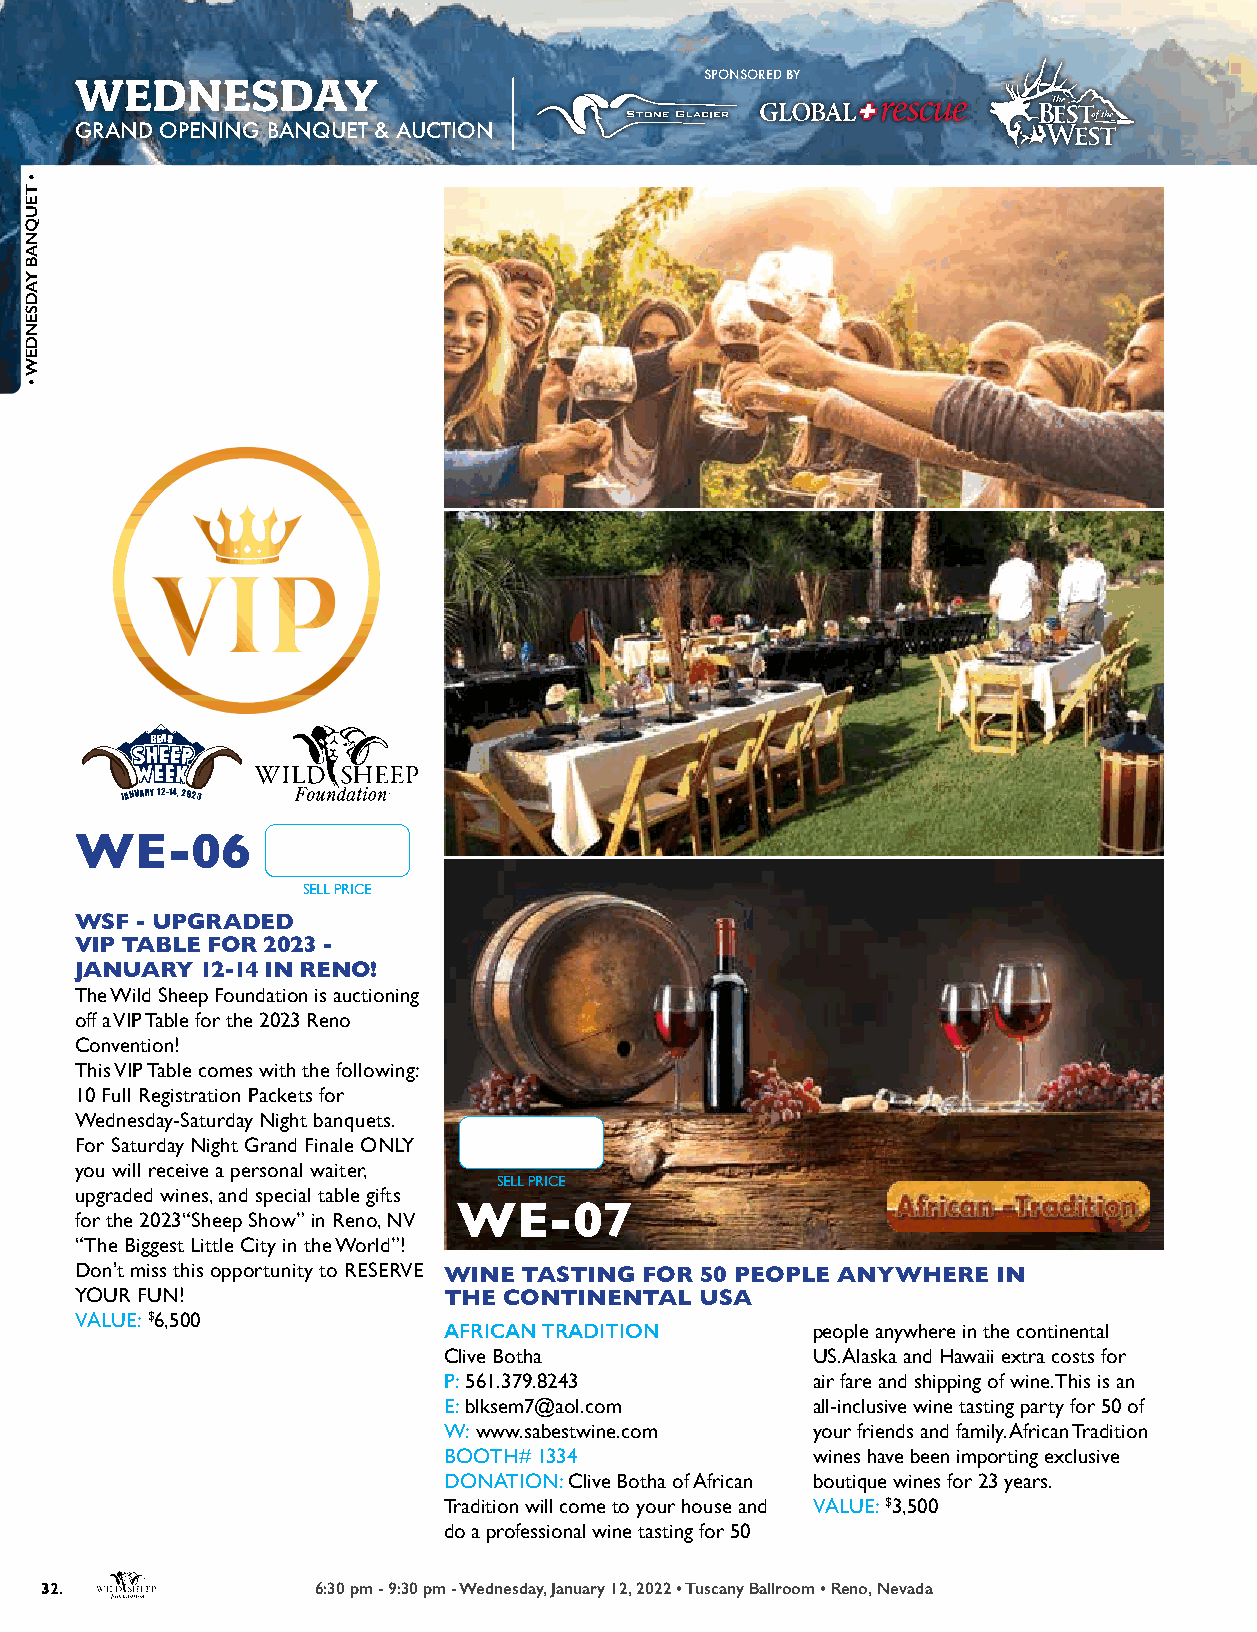
WEDNESDAY                                 SPONSORED BY
 GRAND OPENING BANQUET & AUCTION
 RENO
 JANUARY 12-14, 2023
 WE-06
 SELL PRICE
 WSF - UPGRADED
 VIP TABLE FOR 2023 -
 JANUARY 12-14 IN RENO!
 The Wild Sheep Foundation is auctioning
 off a VIP Table for the 2023 Reno
 Convention!
 This VIP Table comes with the following:
 10 Full Registration Packets for
 Wednesday-Saturday Night banquets.
 For Saturday Night Grand Finale ONLY
 you will receive a personal waiter,
 SELL PRICE
 upgraded wines, and special table gifts
 for the 2023“Sheep Show” in Reno, NV WE-07
 “The Biggest Little City in the World”!
 Don’t miss this opportunity to RESERVE
 WINE  TASTING FOR 50 PEOPLE ANYWHERE IN
 YOUR FUN!               THE CONTINENTAL  USA
 VALUE: $6,500
 AFRICAN TRADITION        people anywhere in the continental
 Clive Botha              US. Alaska and Hawaii extra costs for
 P: 561.379.8243          air fare and shipping of wine. This is an
 E: blksem7@aol.com       all-inclusive wine tasting party for 50 of
 W: www.sabestwine.com    your friends and family. African Tradition
 BOOTH# 1334              wines have been importing exclusive
 DONATION: Clive Botha of African boutique wines for 23 years.
 Tradition will come to your house and VALUE: $3,500
 do a professional wine tasting for 50
 32.               6:30 pm - 9:30 pm - Wednesday, January 12, 2022 • Tuscany Ballroom • Reno, Nevada
 •
 TEUQNAB
 YADSENDEW
 •